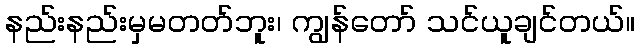
နည်းနည်းမှမတတ်ဘူး၊ ကျွန်တော် သင်ယူချင်တယ်။